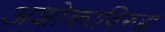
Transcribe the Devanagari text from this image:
अशोकाविरुद्ध